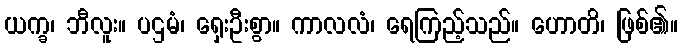
ယက္ခ၊ ဘီလူး။ ပဌမံ၊ ရှေးဦးစွာ။ ကာလလံ၊ ရေကြည့်သည်။ ဟောတိ၊ ဖြစ်၏။